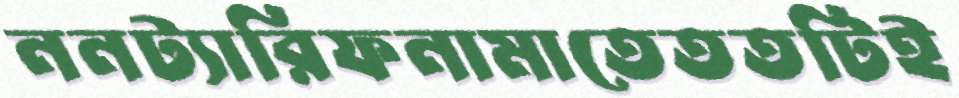
ননট্যারিফনামাতেততটিই